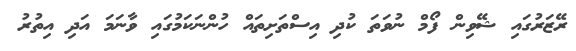
ރޭޒަރުގައި ޝޭވިން ފޯމް ނުވަތަ ކުދި އިސްތަށިތައް ހުންނަކަމުގައި ވާނަމަ އަދި އިތުރު